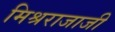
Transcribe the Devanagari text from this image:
मिश्रराजाजी